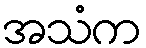
အသံက